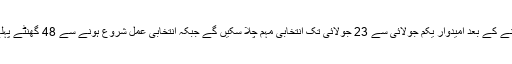
الیکشن کمیشن کے مطابق حتمی فہرستیں لگنے کے بعد امیدوار یکم جولائی سے 23 جولائی تک انتخابی مہم چلا سکیں گے جبکہ انتخابی عمل شروع ہونے سے 48 گھنٹے پہلے امیدواروں کو انتخابی مہم ختم کرنا ہوگی۔